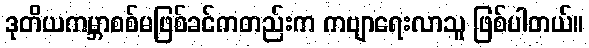
ဒုတိယကမ္ဘာစစ်မဖြစ်ခင်ကတည်းက ကဗျာရေးလာသူ ဖြစ်ပါတယ်။